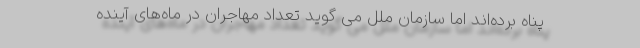
پناه برده‌اند اما سازمان ملل می گوید تعداد مهاجران در ماه‌های آینده